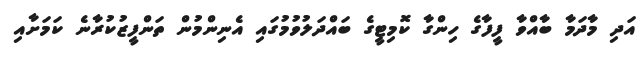
އަދި މާދަމާ ބާއްވާ ފީފާގެ ހިންގާ ކޮމިޓީގެ ބައްދަލުވުމުގައި އެނިންމުން ތަންފީޒުކުރާނެ ކަމަށާއި